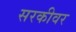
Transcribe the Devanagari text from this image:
सरकीवर